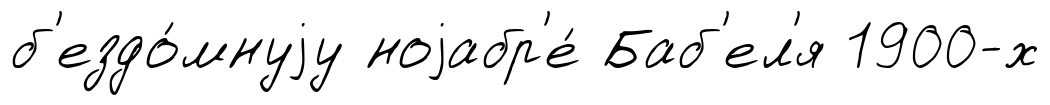
б'ездо́мнуjу ноjабр'е́ Баб'ел'я 1900-х